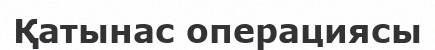
Қатынас операциясы